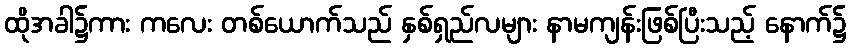
ထိုအခါ၌ကား ကလေး တစ်ယောက်သည် နှစ်ရှည်လများ နာမကျန်းဖြစ်ပြီးသည့် နောက်၌